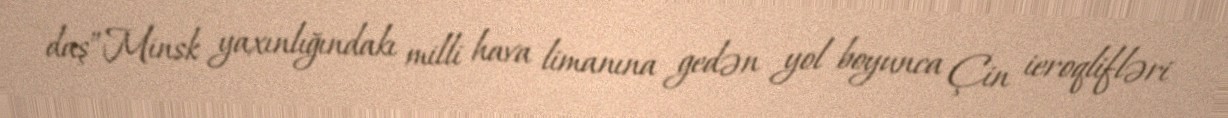
daş”Minsk yaxınlığındakı milli hava limanına gedən yol boyunca Çin ieroqlifləri